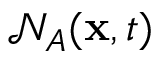
\mathcal { N } _ { A } ( \mathbf { x } , t )